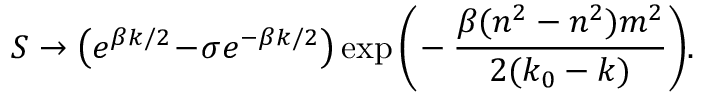
S \to \big ( e ^ { \beta k / 2 } \! - \! \sigma e ^ { - \beta k / 2 } \big ) \exp \Bigg ( \! - { \frac { \beta ( n ^ { 2 } - n ^ { 2 } ) m ^ { 2 } } { 2 ( k _ { 0 } - k ) } } \Bigg ) .